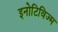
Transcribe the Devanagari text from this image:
इनोटिविज्म